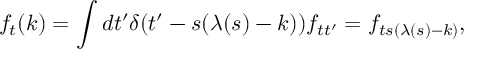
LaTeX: f _ { t } ( k ) = \int d t ^ { \prime } \delta ( t ^ { \prime } - s ( \lambda ( s ) - k ) ) f _ { t t ^ { \prime } } = f _ { t s ( \lambda ( s ) - k ) } ,